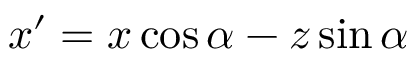
x ^ { \prime } = x \cos \alpha - z \sin \alpha